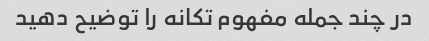
در چند جمله مفهوم تکانه را توضیح دهید